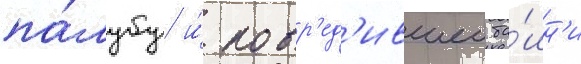
па́лубу и́ повр'ед'ившеи ба́шн'и